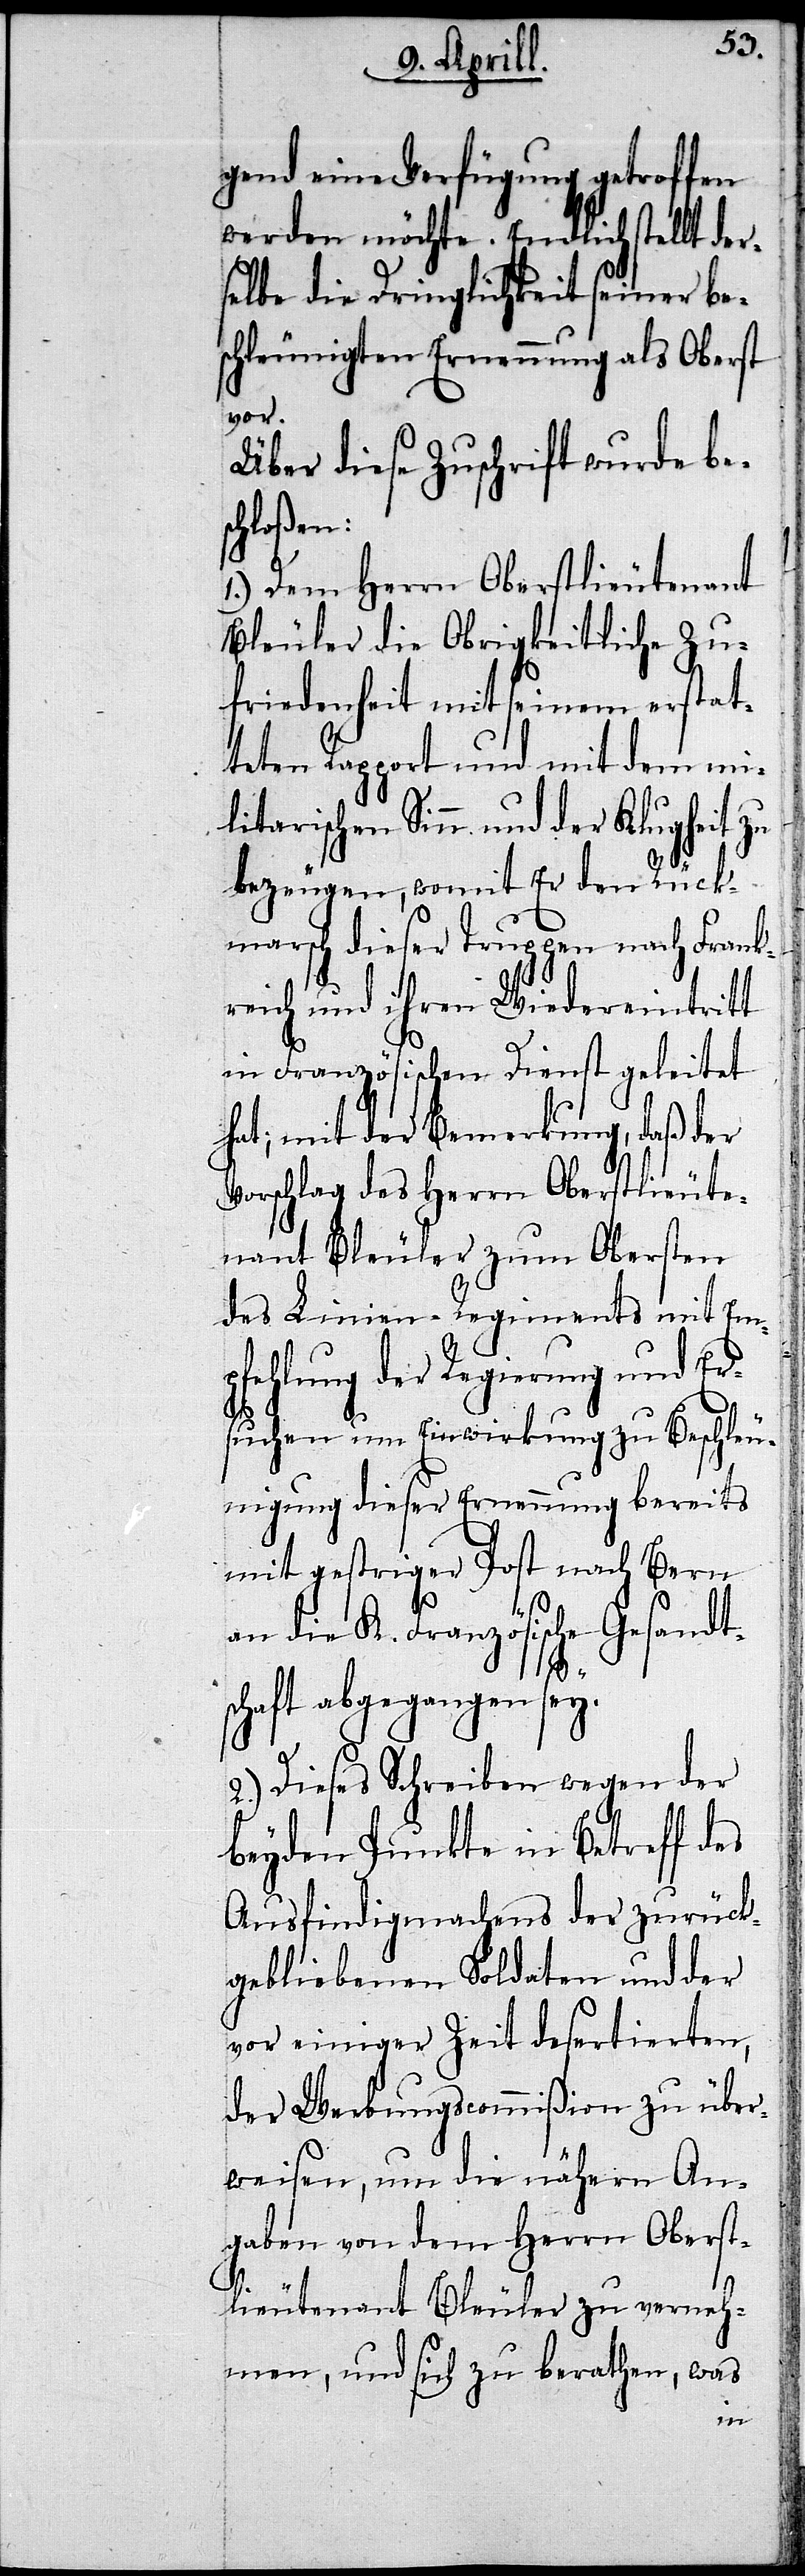
gend eine Verfügung getroffen
werden möchte. Endlich stellt der¬
selbe die Dringlichkeit seiner be¬
schleunigten Ernennung als Oberst
vor.
Über diese Zuschrift wurde bes¬
chloßen:
1.) Dem Herrn Oberstlieutenant
Bleuler die Obrigkeitliche Zu¬
friedenheit mit seinem erstat¬
teten Rapport und mit dem mi¬
litarischen Sinn und der Klugheit zu
bezeugen, womit Er den Rück¬
marsch dieser Truppen nach Frankr¬
eich und ihren Wiedereintritt
in Französische Dienste geleitet
hat; mit der Bemerkung, daß der
Vorschlag des Herrn Oberstlieute¬
nant Bleuler zum Obersten
des Linien-Regiments mit Em¬
pfehlung der Regierung und Er¬
suchen um Einwirkung zu Beschleu¬
nigung dieser Ernennung bereits
mit gestriger Post nach Bern
an die K. Französische Gesandt¬
schaft abgegangen sey.
2.) Dieses Schreiben wegen der
beyden Punkte in Betreff des
Ausfindigmachens der zurück¬
gebliebenen Soldaten und der
vor einiger Zeit desertierten,
der Werbungscommißion zu über¬
weisen, um die nähern An¬
gaben von dem Herrn Oberst¬
lieutenant Bleuler zu verneh¬
men, und sich zu berathen, was